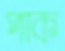
পাক